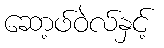
ဆော့ဖ်ဝဲလ်နှင့်